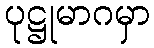
ပုဋ္ဌုမာဂမှာ